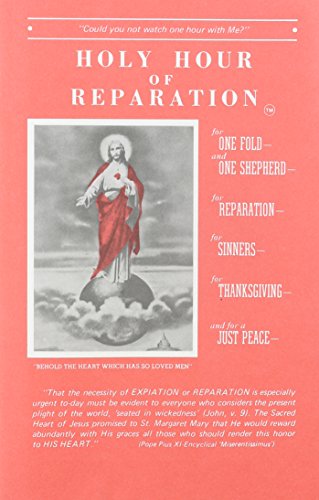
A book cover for Holy Hour of Reparation to the Sacred Heart of Jesus; Soul Assurance; Christian Books & Bibles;